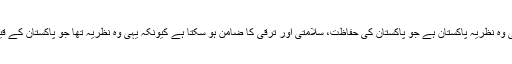
قائداعظمؒ کا یہی وہ نظریہ پاکستان ہے جو پاکستان کی حفاظت، سلامتی اور ترقی کا ضامن ہو سکتا ہے کیونکہ یہی وہ نظریہ تھا جو پاکستان کے قیام کا باعث بنا۔